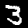
Label: 3